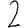
Digit: 2